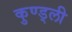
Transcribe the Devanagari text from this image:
कुण्ड्ली